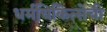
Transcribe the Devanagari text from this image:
धर्मचिकित्सेची